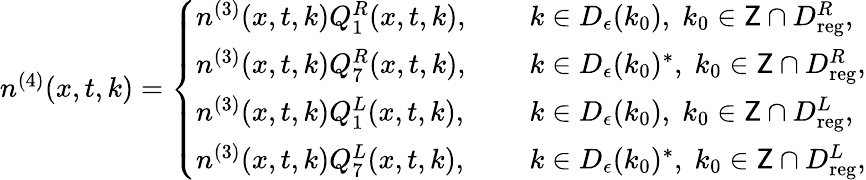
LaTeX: \begin{array}{r}{n^{(4)}(x,t,k)=\left\{ \begin{array}{ll}{n^{(3)}(x,t,k)Q_{1}^{R}(x,t,k),\quad\; }&{k\in D_{\epsilon}(k_{0}),\; k_{0}\in\mathsf{Z}\cap D_{\mathrm{reg}}^{R},}\\ {n^{(3)}(x,t,k)Q_{7}^{R}(x,t,k),\quad}&{k\in D_{\epsilon}(k_{0})^{*},\; k_{0}\in\mathsf{Z}\cap D_{\mathrm{reg}}^{R},}\\ {n^{(3)}(x,t,k)Q_{1}^{L}(x,t,k),\quad}&{k\in D_{\epsilon}(k_{0}),\; k_{0}\in\mathsf{Z}\cap D_{\mathrm{reg}}^{L},}\\ {n^{(3)}(x,t,k)Q_{7}^{L}(x,t,k),\quad}&{k\in D_{\epsilon}(k_{0})^{*},\; k_{0}\in\mathsf{Z}\cap D_{\mathrm{reg}}^{L},}\end{array}\right.}\end{array}